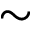
\sim